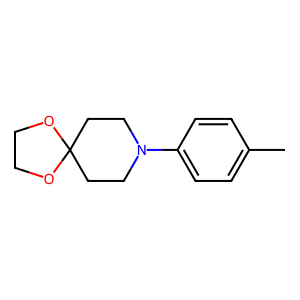
SMILES: Cc1ccc(N2CCC3(CC2)OCCO3)cc1
Inhibits HIV replication: No